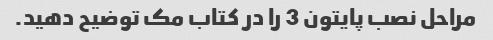
مراحل نصب پایتون 3 را در کتاب مک توضیح دهید.